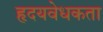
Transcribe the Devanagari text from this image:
हृदयवेधकता